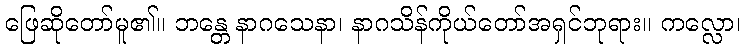
ဖြေဆိုတော်မူ၏။ ဘန္တေ နာဂသေနာ၊ နာဂသိန်ကိုယ်တော်အရှင်ဘုရား။ ကလ္လော၊